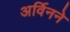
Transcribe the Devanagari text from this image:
अर्विनने